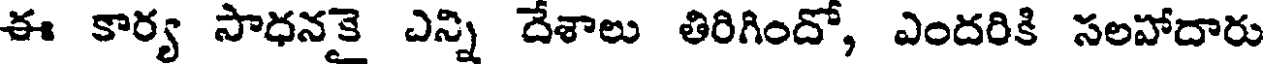
ఈ కార్య సాధనకై ఎన్ని దేశాలు తిరిగిందో, ఎందరికి సలపోదారు